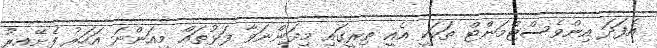
އެފަދަ އިންވެސްޓްމަންޓް ތަކަކީ އެއީ ތިރީގައި މިދަންނަވާ ފަޅުތައް މިއަންނަ އަހަރު ފެށޭއިރު